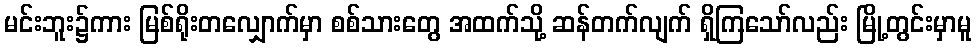
မင်းဘူး၌ကား မြစ်ရိုးတလျှောက်မှာ စစ်သားတွေ အထက်သို့ ဆန်တက်လျက် ရှိကြသော်လည်း မြို့တွင်းမှာမူ